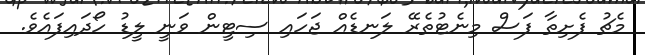
މެޗު ފެށިތާ ފަސް މިނެޓުތެރޭ ލަނޑެއް ޖަހައި ސިޓީން ވަނީ ލީޑު ހޯދައިފައެވެ.